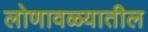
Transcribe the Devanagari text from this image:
लोणावळ्यातील